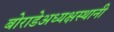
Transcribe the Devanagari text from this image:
बोराडेअध्यक्षस्थानी